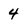
Character: 4